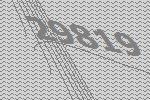
29819